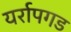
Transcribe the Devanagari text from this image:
यर्रापगड